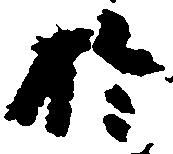
於